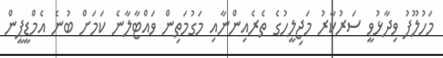
މަހުލޫފު ވިދާޅުވީ ސަރުކާރު މަޖިލީހުގެ ތެރެއިންނާއި މަގުމަތިން ވައްޓާލާނެ ކަމަށް ބުނެ އެމްޑީޕީން